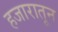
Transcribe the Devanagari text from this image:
हजारातून